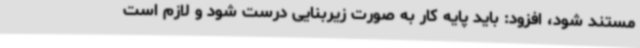
مستند شود، افزود: باید پایه کار به صورت زیربنایی درست شود و لازم است